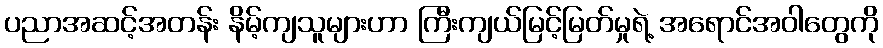
ပညာအဆင့်အတန်း နိမ့်ကျသူများဟာ ကြီးကျယ်မြင့်မြတ်မှုရဲ့ အရောင်အဝါတွေကို